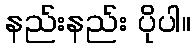
နည်းနည်း ပိုပါ။